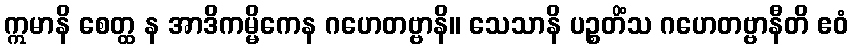
ဣမာနိ စေတ္ထ န အာဒိကမ္မိကေန ဂဟေတဗ္ဗာနိ။ သေသာနိ ပဉ္စတိံသ ဂဟေတဗ္ဗာနီတိ ဧဝံ